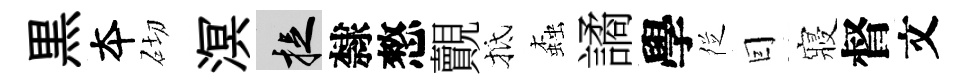
黒夲砌溟捉隸憗覿抵螙譎學徔囙寢督文